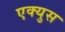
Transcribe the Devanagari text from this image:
एक्युस